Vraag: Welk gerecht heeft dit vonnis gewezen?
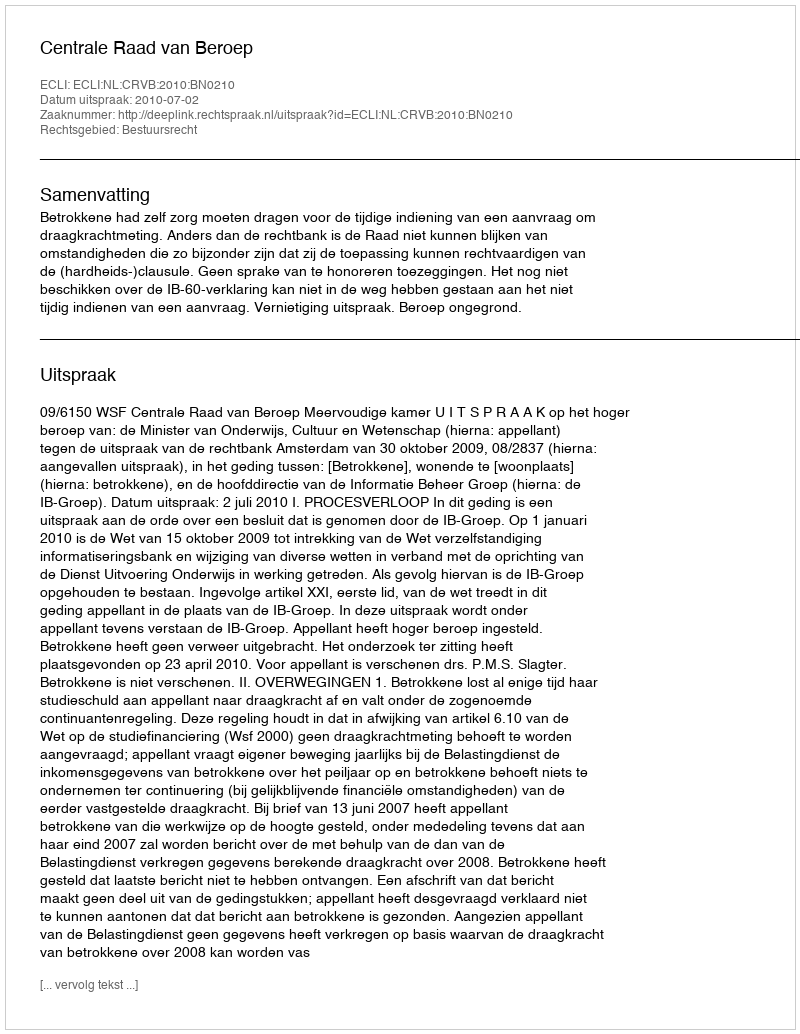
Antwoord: Centrale Raad van Beroep